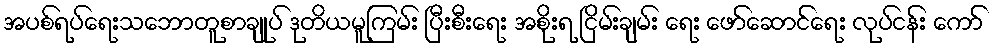
အပစ်ရပ်ရေးသဘောတူစာချုပ် ဒုတိယမူကြမ်း ပြီးစီးရေး အစိုးရ ငြိမ်းချမ်း ရေး ဖော်ဆောင်ရေး လုပ်ငန်း ကော်